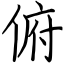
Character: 俯